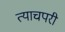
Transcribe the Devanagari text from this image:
त्याचपरी